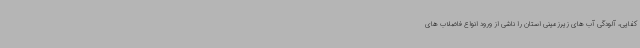
کفایی، آلودگی آب های زیرزمینی استان را ناشی از ورود انواع فاضلاب های